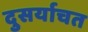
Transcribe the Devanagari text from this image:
दुसर्याचत